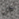
كل